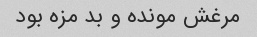
مرغش مونده و بد مزه بود